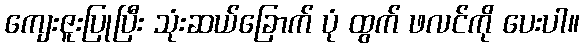
ကျေးဇူးပြုပြီး သုံးဆယ်ခြောက် ပုံ ထွက် ဖလင်ကို ပေးပါ။